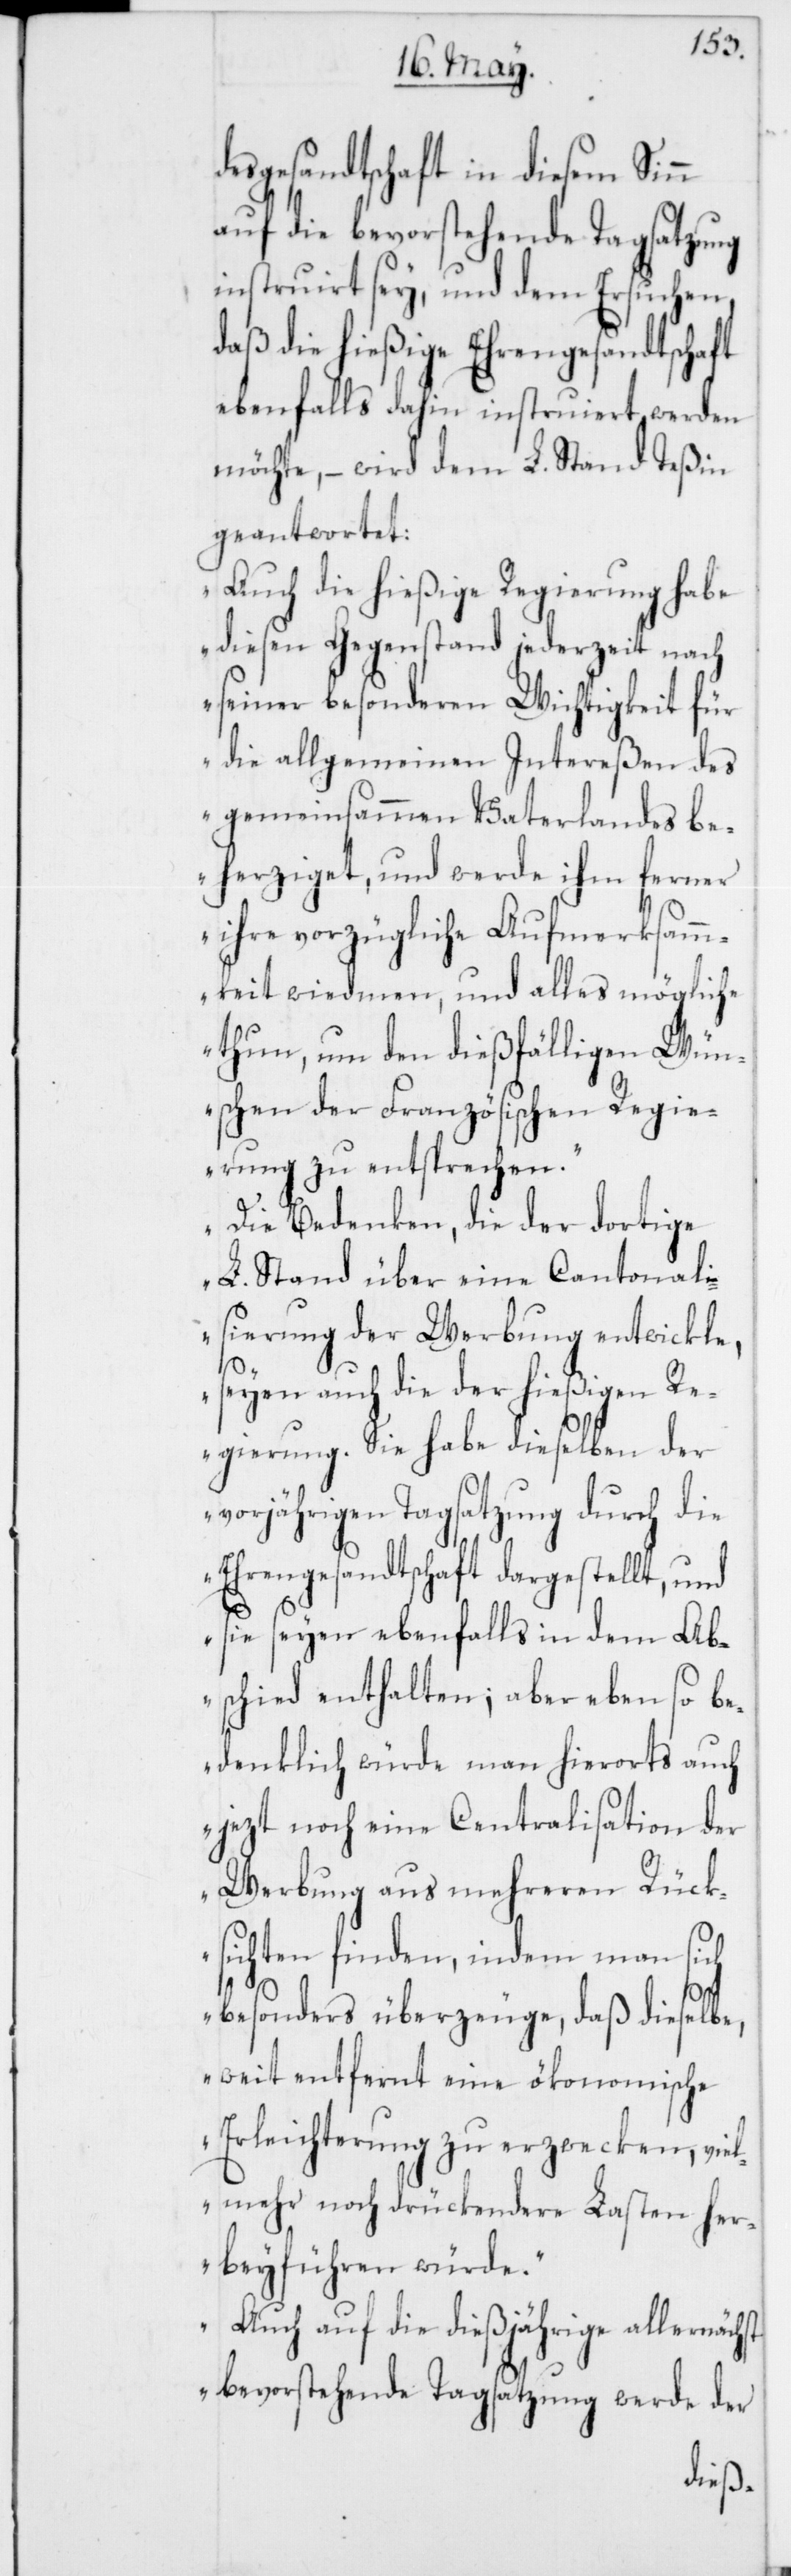
desgesandtschaft in diesem Sinn
auf die bevorstehende Tagsatzung
instruirt sey, und dem Ersuchen,
daß die hießige Ehrengesandtschaft
ebenfalls dahin instruiert werden
möchte, – wird dem L. Stand Teßin
geantwortet:
„Auch die hießige Regierung habe
diesen Gegenstand jederzeit nach
seiner besonderen Wichtigkeit für
die allgemeinen Intereßen des
gemeinsammen Vaterlandes be¬
herziget, und werde ihm ferner
ihre vorzügliche Aufmerksamm¬
keit widmen, und alles Mögliche
thun, um den dießfälligen Wün¬
schen der Französischen Regie¬
rung zu entsprechen.
Die Bedenken, die der dortige
L. Stand über eine Cantonali¬
sierung der Werbung entwickle,
seyen auch die der hießigen R¬
egierung. Sie habe dieselben der
vorjährigen Tagsatzung durch die
Ehrengesandtschaft dargestellt, und
sie seyen ebenfalls in dem Ab¬
schied enthalten; aber eben so be¬
denklich würde man hierorts auch
jezt noch eine Centralisation der
Werbung aus mehreren Rück¬
sichten finden, indem man sich
besonders überzeuge, daß dieselbe,
weit entfernt eine ökonomische
Erleichterung zu erzwecken, viel¬
mehr noch drückendere Lasten her¬
beyführen würde.
Auch auf die dießjährige allernächst
bevorstehende Tagsatzung werde der